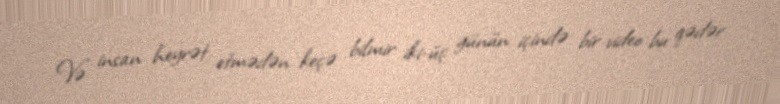
Və insan heyrət etmədən keçə bilmir: iki-üç günün içində bir video bu qədər